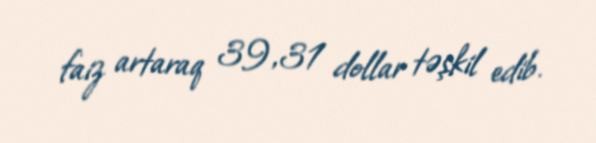
faiz artaraq 39,31 dollar təşkil edib.